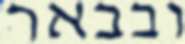
ובבאר